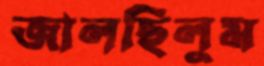
জালছিলুম